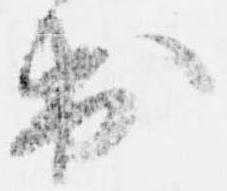
出